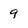
Character: q